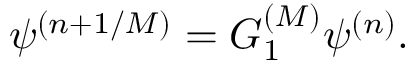
\psi ^ { ( n + 1 / { \cal M } ) } = G _ { 1 } ^ { ( { \cal M } ) } \psi ^ { ( n ) } .